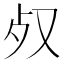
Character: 𣦼